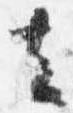
去